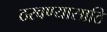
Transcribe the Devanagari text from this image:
ठरवण्यासाठि